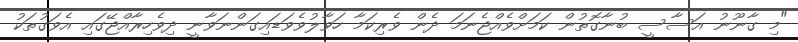
"މި ގާނޫނު އަސާސީ ބުނާގޮތުން ކަމަށްވެއްޖެނަމަ ދެން ވެރިކަމާ ހަވާލުވެވަޑައިގަންނަވާނީ ދިވެހިރާއްޖޭގައި އެވަގުތަކު